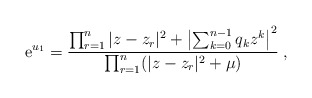
\begin{align*}{\rm e}^{u_1} = {\prod_{r=1}^n |z-z_r|^2 + \left|\sum_{k=0}^{n-1} q_k z^k \right|^2 \over \prod_{r=1}^n (|z-z_r|^2 + \mu)} \> ,\end{align*}